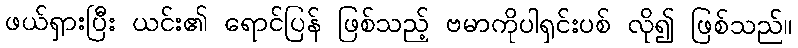
ဖယ်ရှားပြီး ယင်း၏ ရောင်ပြန် ဖြစ်သည့် ဗမာကိုပါရှင်းပစ် လို၍ ဖြစ်သည်။